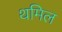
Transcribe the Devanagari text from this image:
थमिल